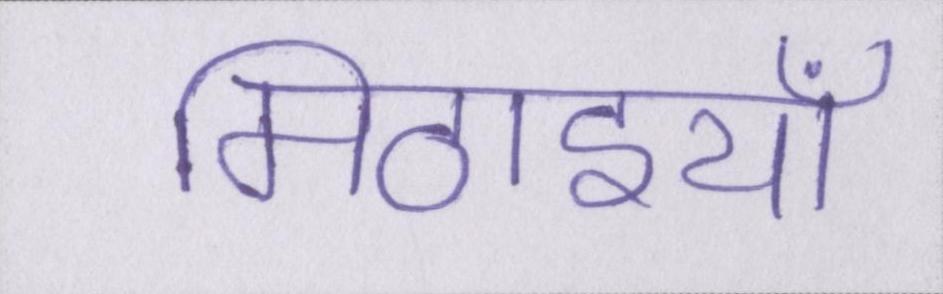
मिठाइयाँ